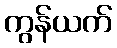
ကွန်ယက်